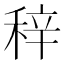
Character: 𥞽